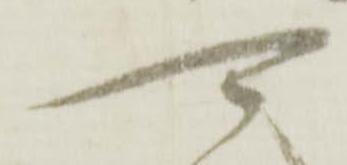
可